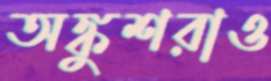
অঙ্কুশরাও